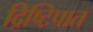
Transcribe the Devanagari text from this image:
द्रिष्टिपात